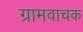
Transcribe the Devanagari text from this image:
ग्रामवाचक